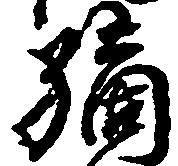
嫡